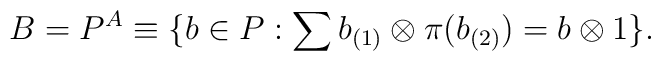
B = P^A \equiv \{ b \in P : \sum b_{(1)} \otimes \pi (b_{(2)}) = b\otimes 1 \}.